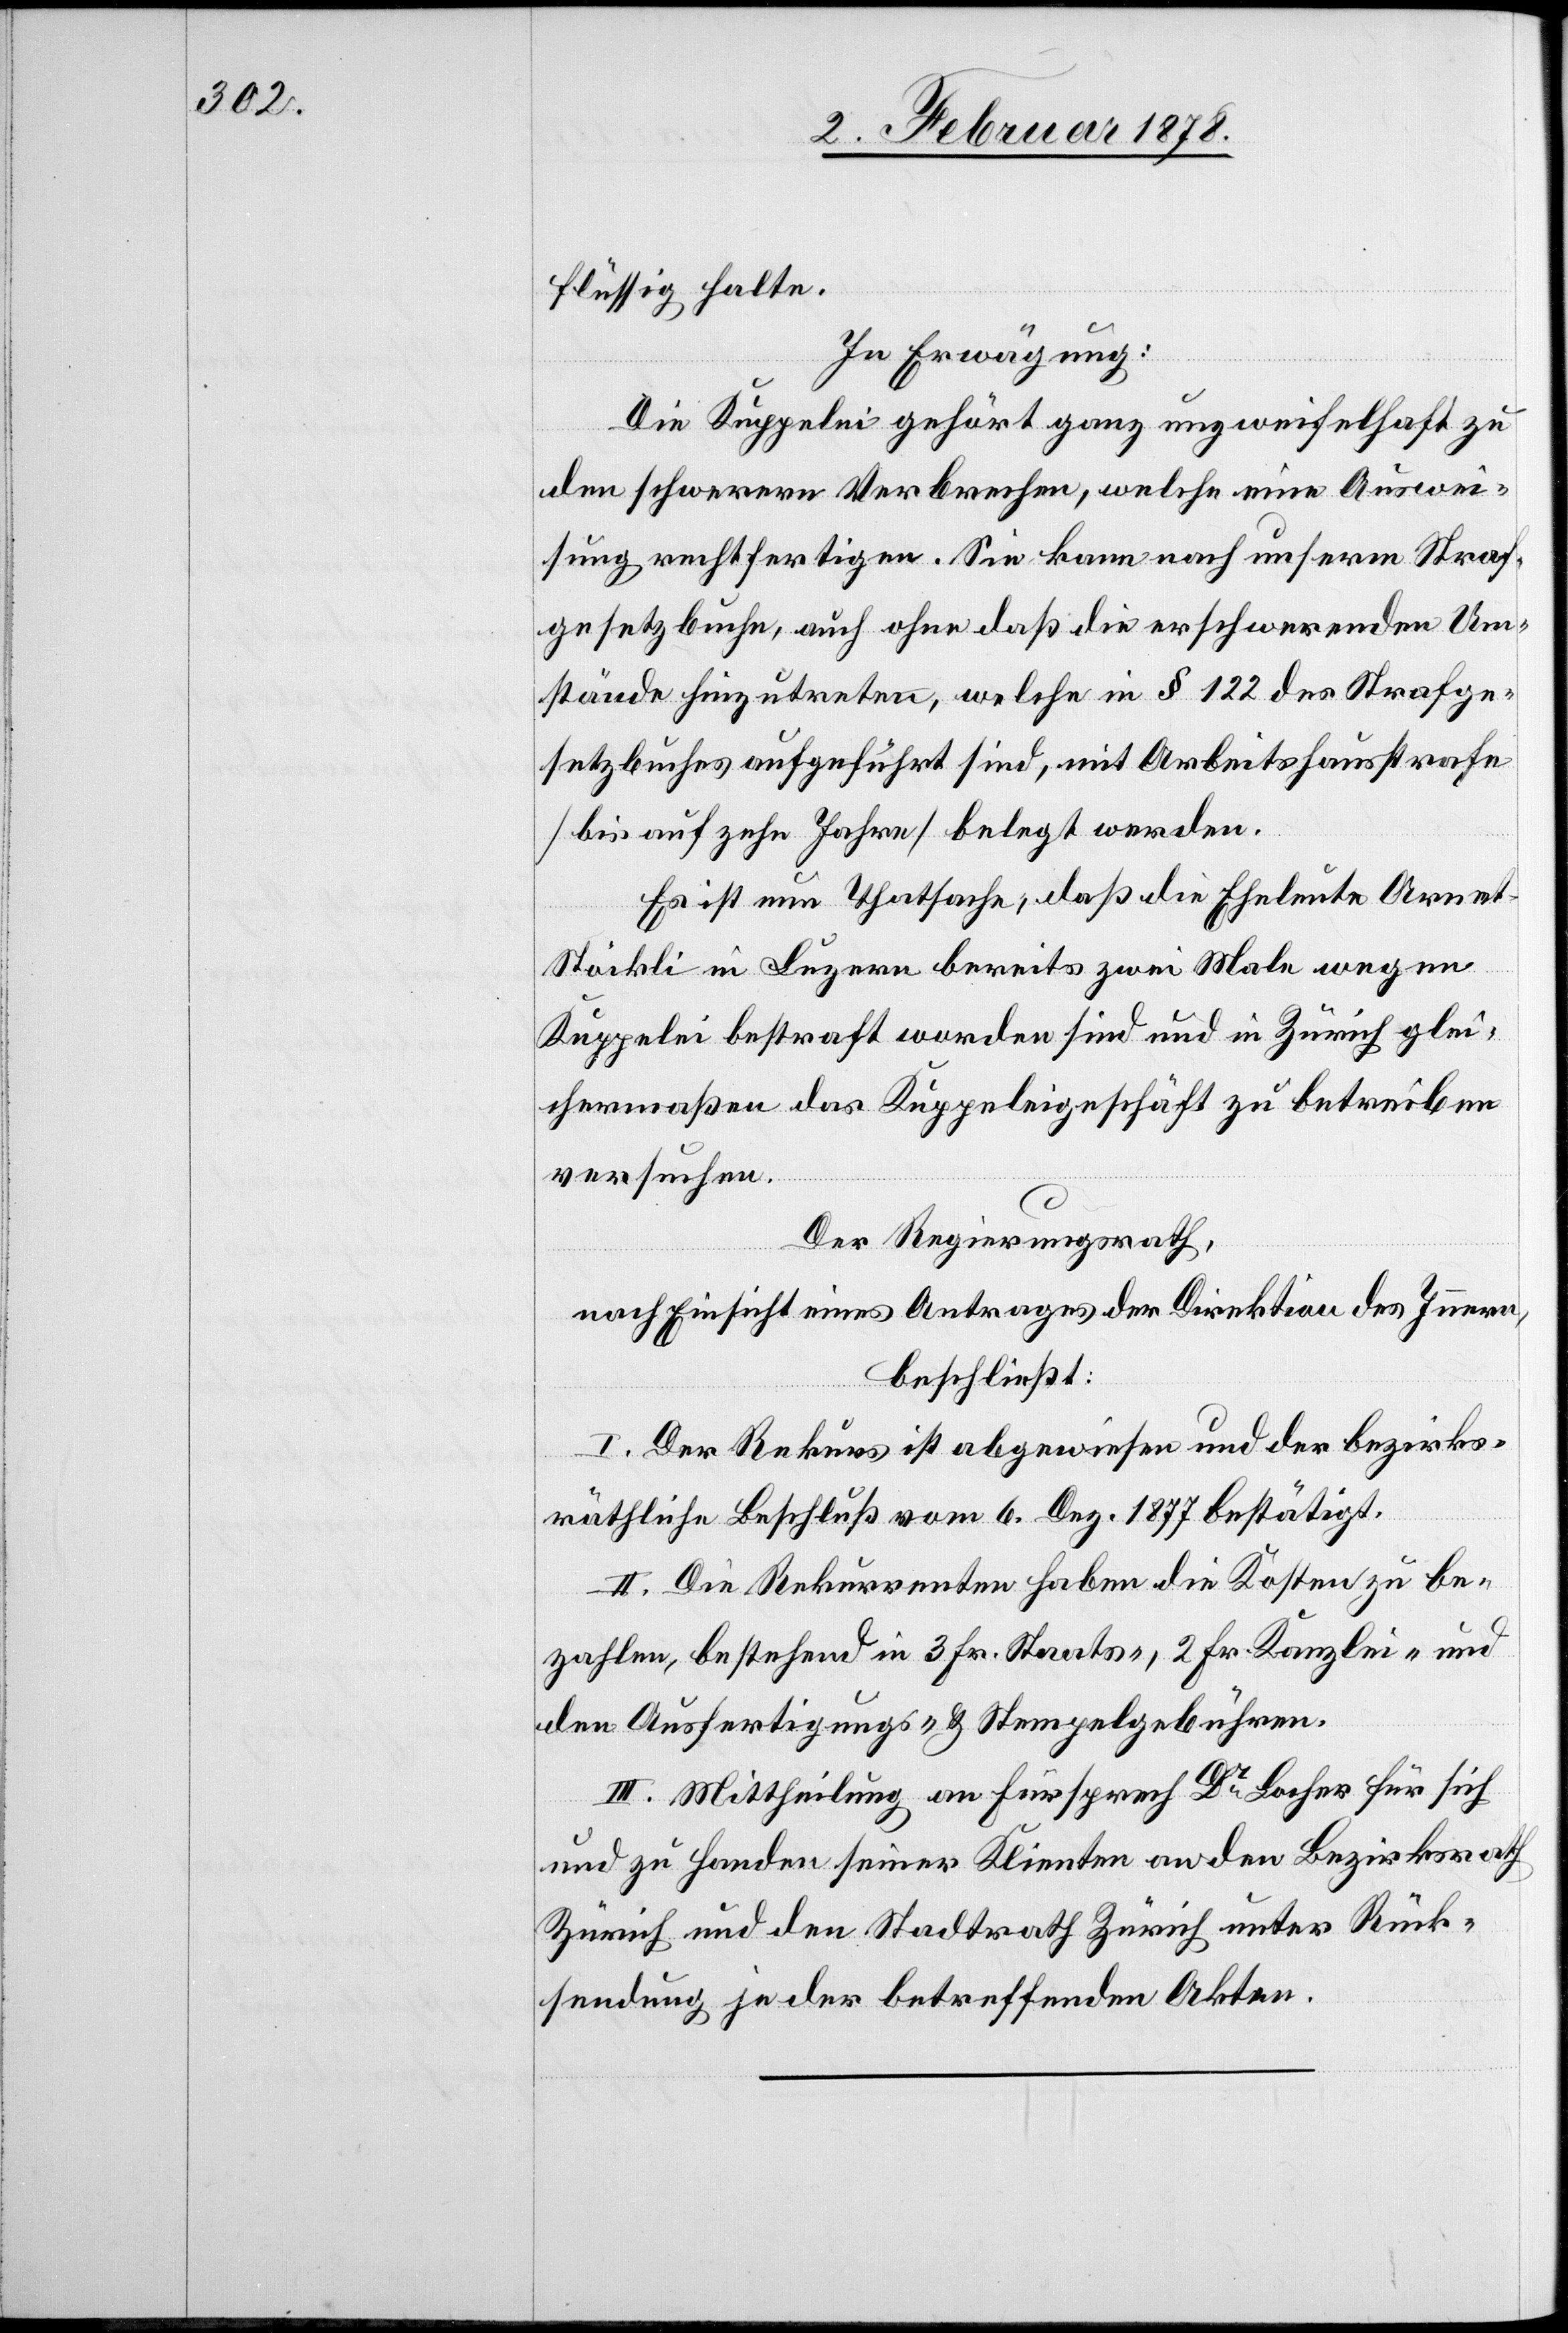
flüssig halte.
In Erwägung:
Die Kuppelei gehört ganz unzweifelhaft zu
den schwerern Verbrechen, welche eine Auswei¬
sung rechtfertigen. Sie kann nach unserem Straf¬
gesetzbuche, auch ohne daß die erschwerenden Um¬
stände hinzutreten, welche in § 122 des Strafge¬
setzbuches aufgeführt sind, mit Arbeitshausstrafe
(bis auf zehn Jahre) belegt werden.
Es ist nun Thatsache, daß die Eheleute Arne¬
t-Stöckli in Luzern bereits zwei Male wegen
Kuppelei bestraft worden sind und in Zürich glei¬
chermaßen das Kuppeleigeschäft zu betreiben
versuchen.
Der Regierungsrath,
nach Einsicht eines Antrages der Direktion des Innern,
beschließt:
I. Der Rekurs ist abgewiesen und der bezirks¬
räthliche Beschluß vom 6. Dez. 1877 bestätigt.
II. Die Rekurrenten haben die Kosten zu be¬
zahlen, bestehend in 3 Fr. Staats-, 2 Fr. Kanzlei- und
den Ausfertigungs- & Stempelgebühren.
III. Mittheilung an Fürsprech Dr. Locher für sich
und zu Handen seiner Klienten an den Bezirksrath
Zürich und den Stadtrath Zürich unter Rück¬
sendung je der betreffenden Akten.